画像に写った文字を読んでください
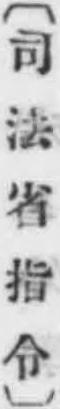
「〔司法省指令〕」と書いてあります